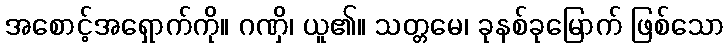
အစောင့်အရှောက်ကို။ ဂဏှိ၊ ယူ၏။ သတ္တမေ၊ ခုနစ်ခုမြောက် ဖြစ်သော